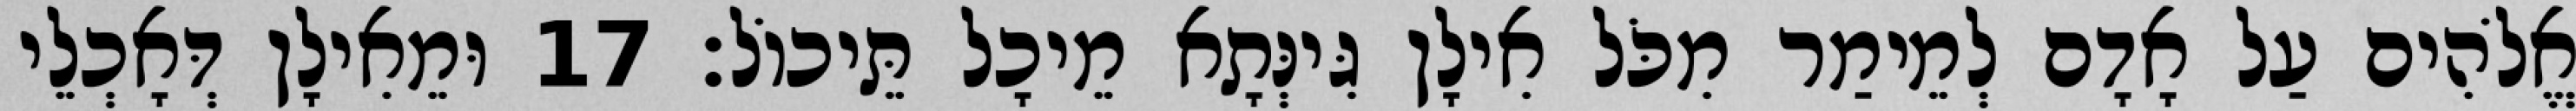
אֱלֹהִים עַל אָדָם לְמֵימַר מִכֹּל אִילָן גִּינְּתָא מֵיכָל תֵּיכוֹל׃ 17 וּמֵאִילָן דְּאָכְלֵי